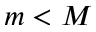
m < M